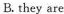
B. they are